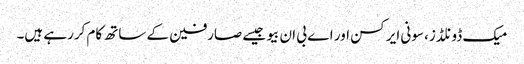
میک ڈونلڈز، سونی ایرکسن اور اے بی ان بیو جیسے صارفین کے ساتھ کام کررہے ہیں۔